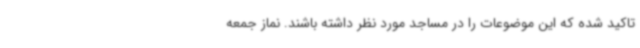
تاکید شده که این موضوعات را در مساجد مورد نظر داشته باشند. نماز جمعه